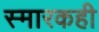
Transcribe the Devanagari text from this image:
स्मारकही